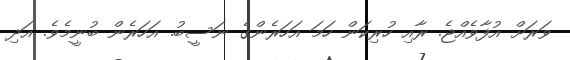
ވަރަށް އުފާވެއްޖެ. ރާއި ހުރިކަން ހަމަ އަހަރެންގެ ނަސީބު. އަހަރެން ބުނީމެވެ. އަދި